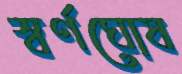
স্বর্ণঘোষ